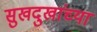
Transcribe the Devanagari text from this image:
सुखदुखांच्या